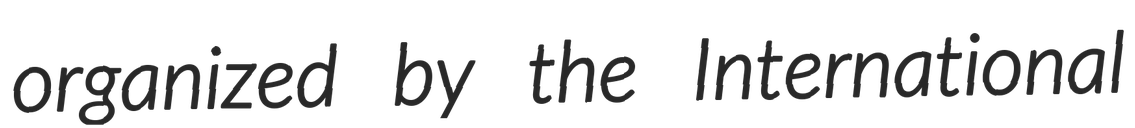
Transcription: organized by the International